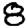
Digit: 8